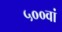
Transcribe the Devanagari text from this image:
५००वां